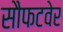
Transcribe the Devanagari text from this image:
सौफटवेर